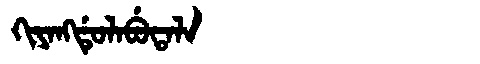
Manchu: ᡴᡳᠶᠠᠩᡩᡠᠯᠠᠪᡠᡨᠠᠯᠠ
Romanization: KIYANGDULABUTALA